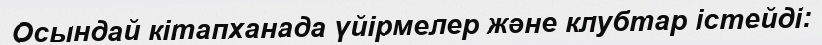
Осындай кітапханада үйірмелер және клубтар істейді: